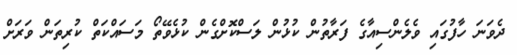
ދެވަނަ ހާފުގައި ވެލެންސިއާގެ ފަރާތުން ކުޅުން ލަސްކޮށްގެން ކުޅެވޭތޯ މަސައްކަތް ކުރިތަން ވަރަށް